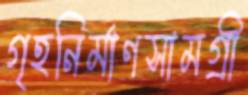
গৃহনির্মাণসামগ্রী